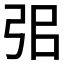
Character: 𢏈